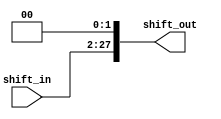
// shift-left-2 for jump instruction
// input width: 26 bits
// output width: 28 bits
// fill the void with 0 after shifting
// we don't need to shift in this case, because the address of the instructions
// are addressed by words
module jump_shiftleft2 (shift_in, shift_out);
	input [25:0] shift_in;
	output [27:0] shift_out;
	assign shift_out[27:0]={shift_in[25:0],2'b00};
endmodule